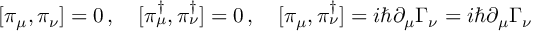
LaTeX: [ \pi _ { \mu } , \pi _ { \nu } ] = 0 \, , \quad [ \pi _ { \mu } ^ { \dag } , \pi _ { \nu } ^ { \dag } ] = 0 \, , \quad [ \pi _ { \mu } , \pi _ { \nu } ^ { \dag } ] = i \hbar \partial _ { \mu } \Gamma _ { \nu } = i \hbar \partial _ { \mu } \Gamma _ { \nu }